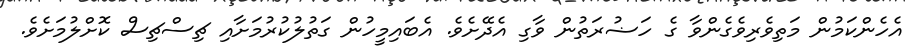
އެހެންކަމުން މަތިވެރިވެގެންވާ ގެ ހަޟުރަތުން ވާގި އެދޭށެވެ. އެބައިމީހުން ގަތުލުކުރުމަށާއި ޗިސްޗިސް ކޮށްލުމަށެވެ.